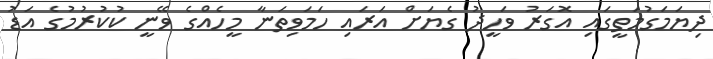
ދިޔަމަގުމަތީގައި އޮގަރު ވަހީދު ގެޔަށް އަރައި ހަމަވިތަނާ މީހެއްގެ ވޭނީ ކުކުރުމުގެ އަޑު